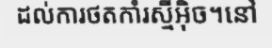
ដល់ការថតកាំរស្មីអ៊ិច។នៅ